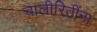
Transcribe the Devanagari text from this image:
चालीरितींना